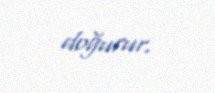
doğurur.